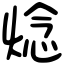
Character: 焾